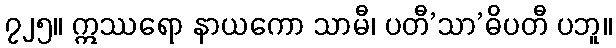
၇၂၅။ ဣဿရော နာယကော သာမီ၊ ပတီ’သာ’ဓိပတီ ပဘူ။